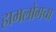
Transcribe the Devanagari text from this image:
हामलोगचा